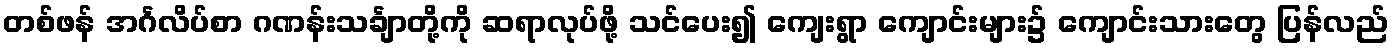
တစ်ဖန် အင်္ဂလိပ်စာ ဂဏန်းသင်္ချာတို့ကို ဆရာလုပ်ဖို့ သင်ပေး၍ ကျေးရွာ ကျောင်းများ၌ ကျောင်းသားတွေ ပြန်လည်